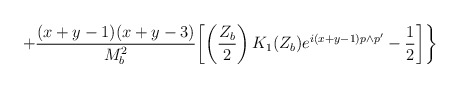
\begin{align*}+\frac{(x+y-1)(x+y-3)}{M_{b}^{2}}\biggl[ \left(\frac{Z_{b}}{2}\right)K_{1}(Z_{b})e^{i(x+y-1)p\wedge p'}-\frac{1}{2}\biggr]\biggr\}\end{align*}